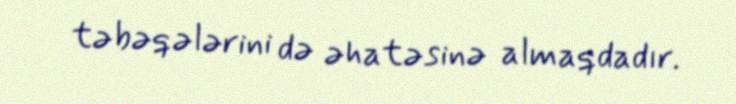
təbəqələrini də əhatəsinə almaqdadır.